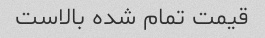
قیمت تمام شده بالاست